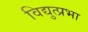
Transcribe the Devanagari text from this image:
विद्युत्प्रभा